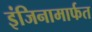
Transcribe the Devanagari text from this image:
इंजिनामार्फत